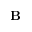
\mathbf { B }